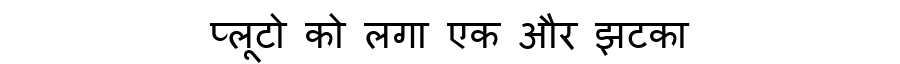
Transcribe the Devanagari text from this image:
प्लूटो को लगा एक और झटका